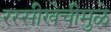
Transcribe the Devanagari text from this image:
रस्सीखेचीमुळे